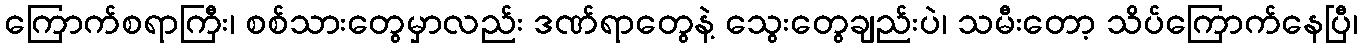
ကြောက်စရာကြီး၊ စစ်သားတွေမှာလည်း ဒဏ်ရာတွေနဲ့ သွေးတွေချည်းပဲ၊ သမီးတော့ သိပ်ကြောက်နေပြီ၊